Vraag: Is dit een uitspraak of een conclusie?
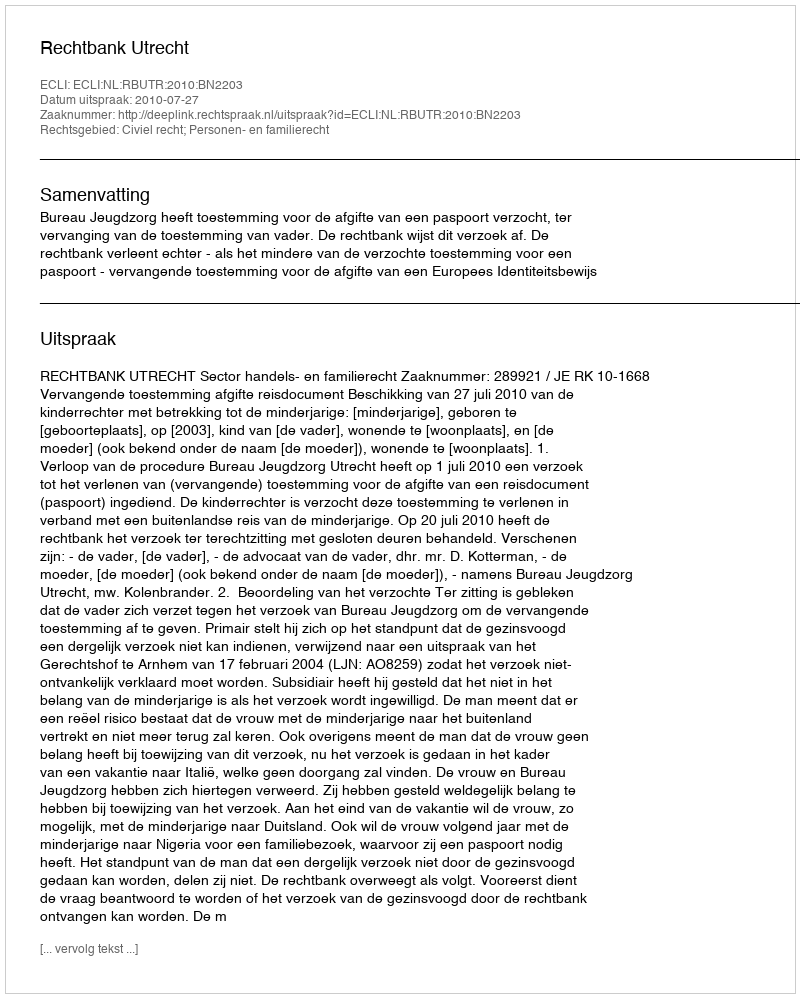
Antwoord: Uitspraak